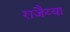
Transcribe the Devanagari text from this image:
राजैय्या